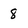
Character: 8